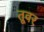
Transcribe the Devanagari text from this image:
तूवर